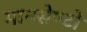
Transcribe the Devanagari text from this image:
मानसेण्टो